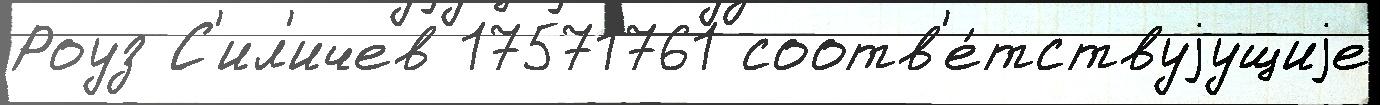
Роуз С'ил'ичев 17571761 соотв'е́тствуjущиjе